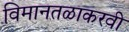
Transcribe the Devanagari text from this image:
विमानतळाकरवी